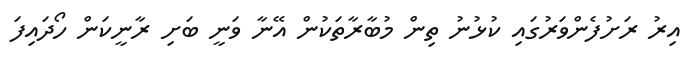
އިރު ރަށުފެންވަރުގައި ކުޅުނު ތިން މުބާރާތަކުން އޭނާ ވަނީ ބަށި ރާނީކަން ހޯދައިފަ